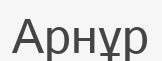
Арнұр